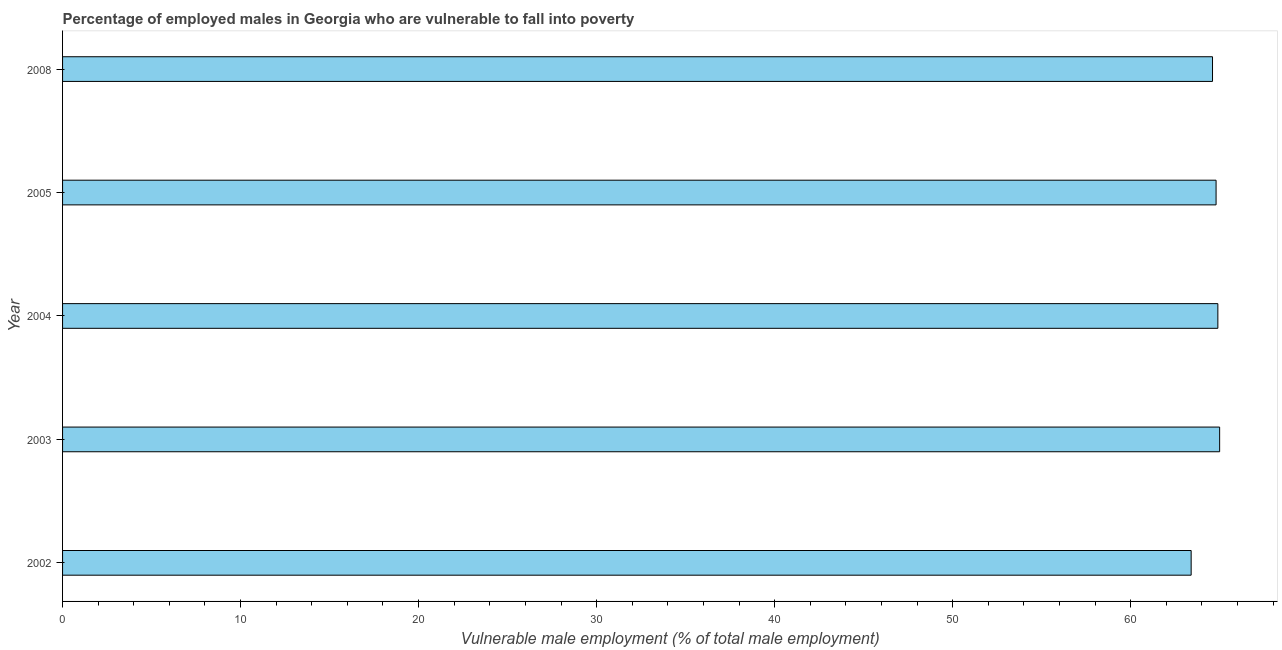
| Year | Percentage of employed males who are vulnerable to fall into poverty |
 | --- | --- |
 | 2002 | 63.4 |
 | 2003 | 65 |
 | 2004 | 64.9 |
 | 2005 | 64.8 |
 | 2008 | 64.6 |